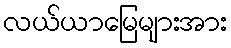
လယ်ယာမြေများအား